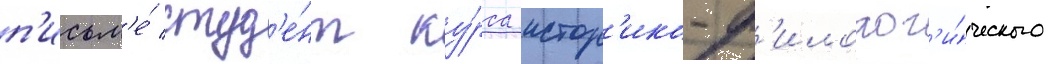
п'исьм'е́ студ'е́нт ку́рса истор'ико-ф'илолог'и́ческого